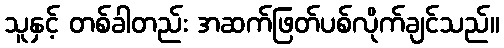
သူနှင့် တစ်ခါတည်း အဆက်ဖြတ်ပစ်လိုက်ချင်သည်။